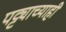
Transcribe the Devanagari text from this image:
पट्ट्याच्याही